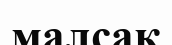
малсақ